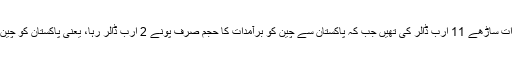
سال 2017-18 میں چین کی پاکستان کو برآمدات ساڑھے 11 ارب ڈالر کی تھیں جب کہ پاکستان سے چین کو برآمدات کا حجم صرف پونے 2 ارب ڈالر رہا، یعنی پاکستان کو چین سے تقریباً 10 ارب ڈالر کا تجارتی خسارہ رہا۔